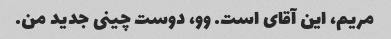
مریم، این آقای است. وو، دوست چینی جدید من.